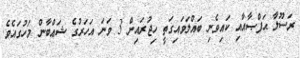
ރަސޫލާ ޙަފްޞާއާއި ކައިވެނި ބައްލަވައިގަތީ ހިޖުރައިން 3 ވަނަ އަހަރުގެ ޝަޢްބާން މަހުގައެވެ.